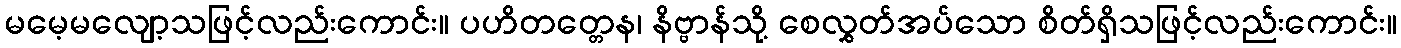
မမေ့မလျော့သဖြင့်လည်းကောင်း။ ပဟိတတ္တေန၊ နိဗ္ဗာန်သို့ စေလွှတ်အပ်သော စိတ်ရှိသဖြင့်လည်းကောင်း။